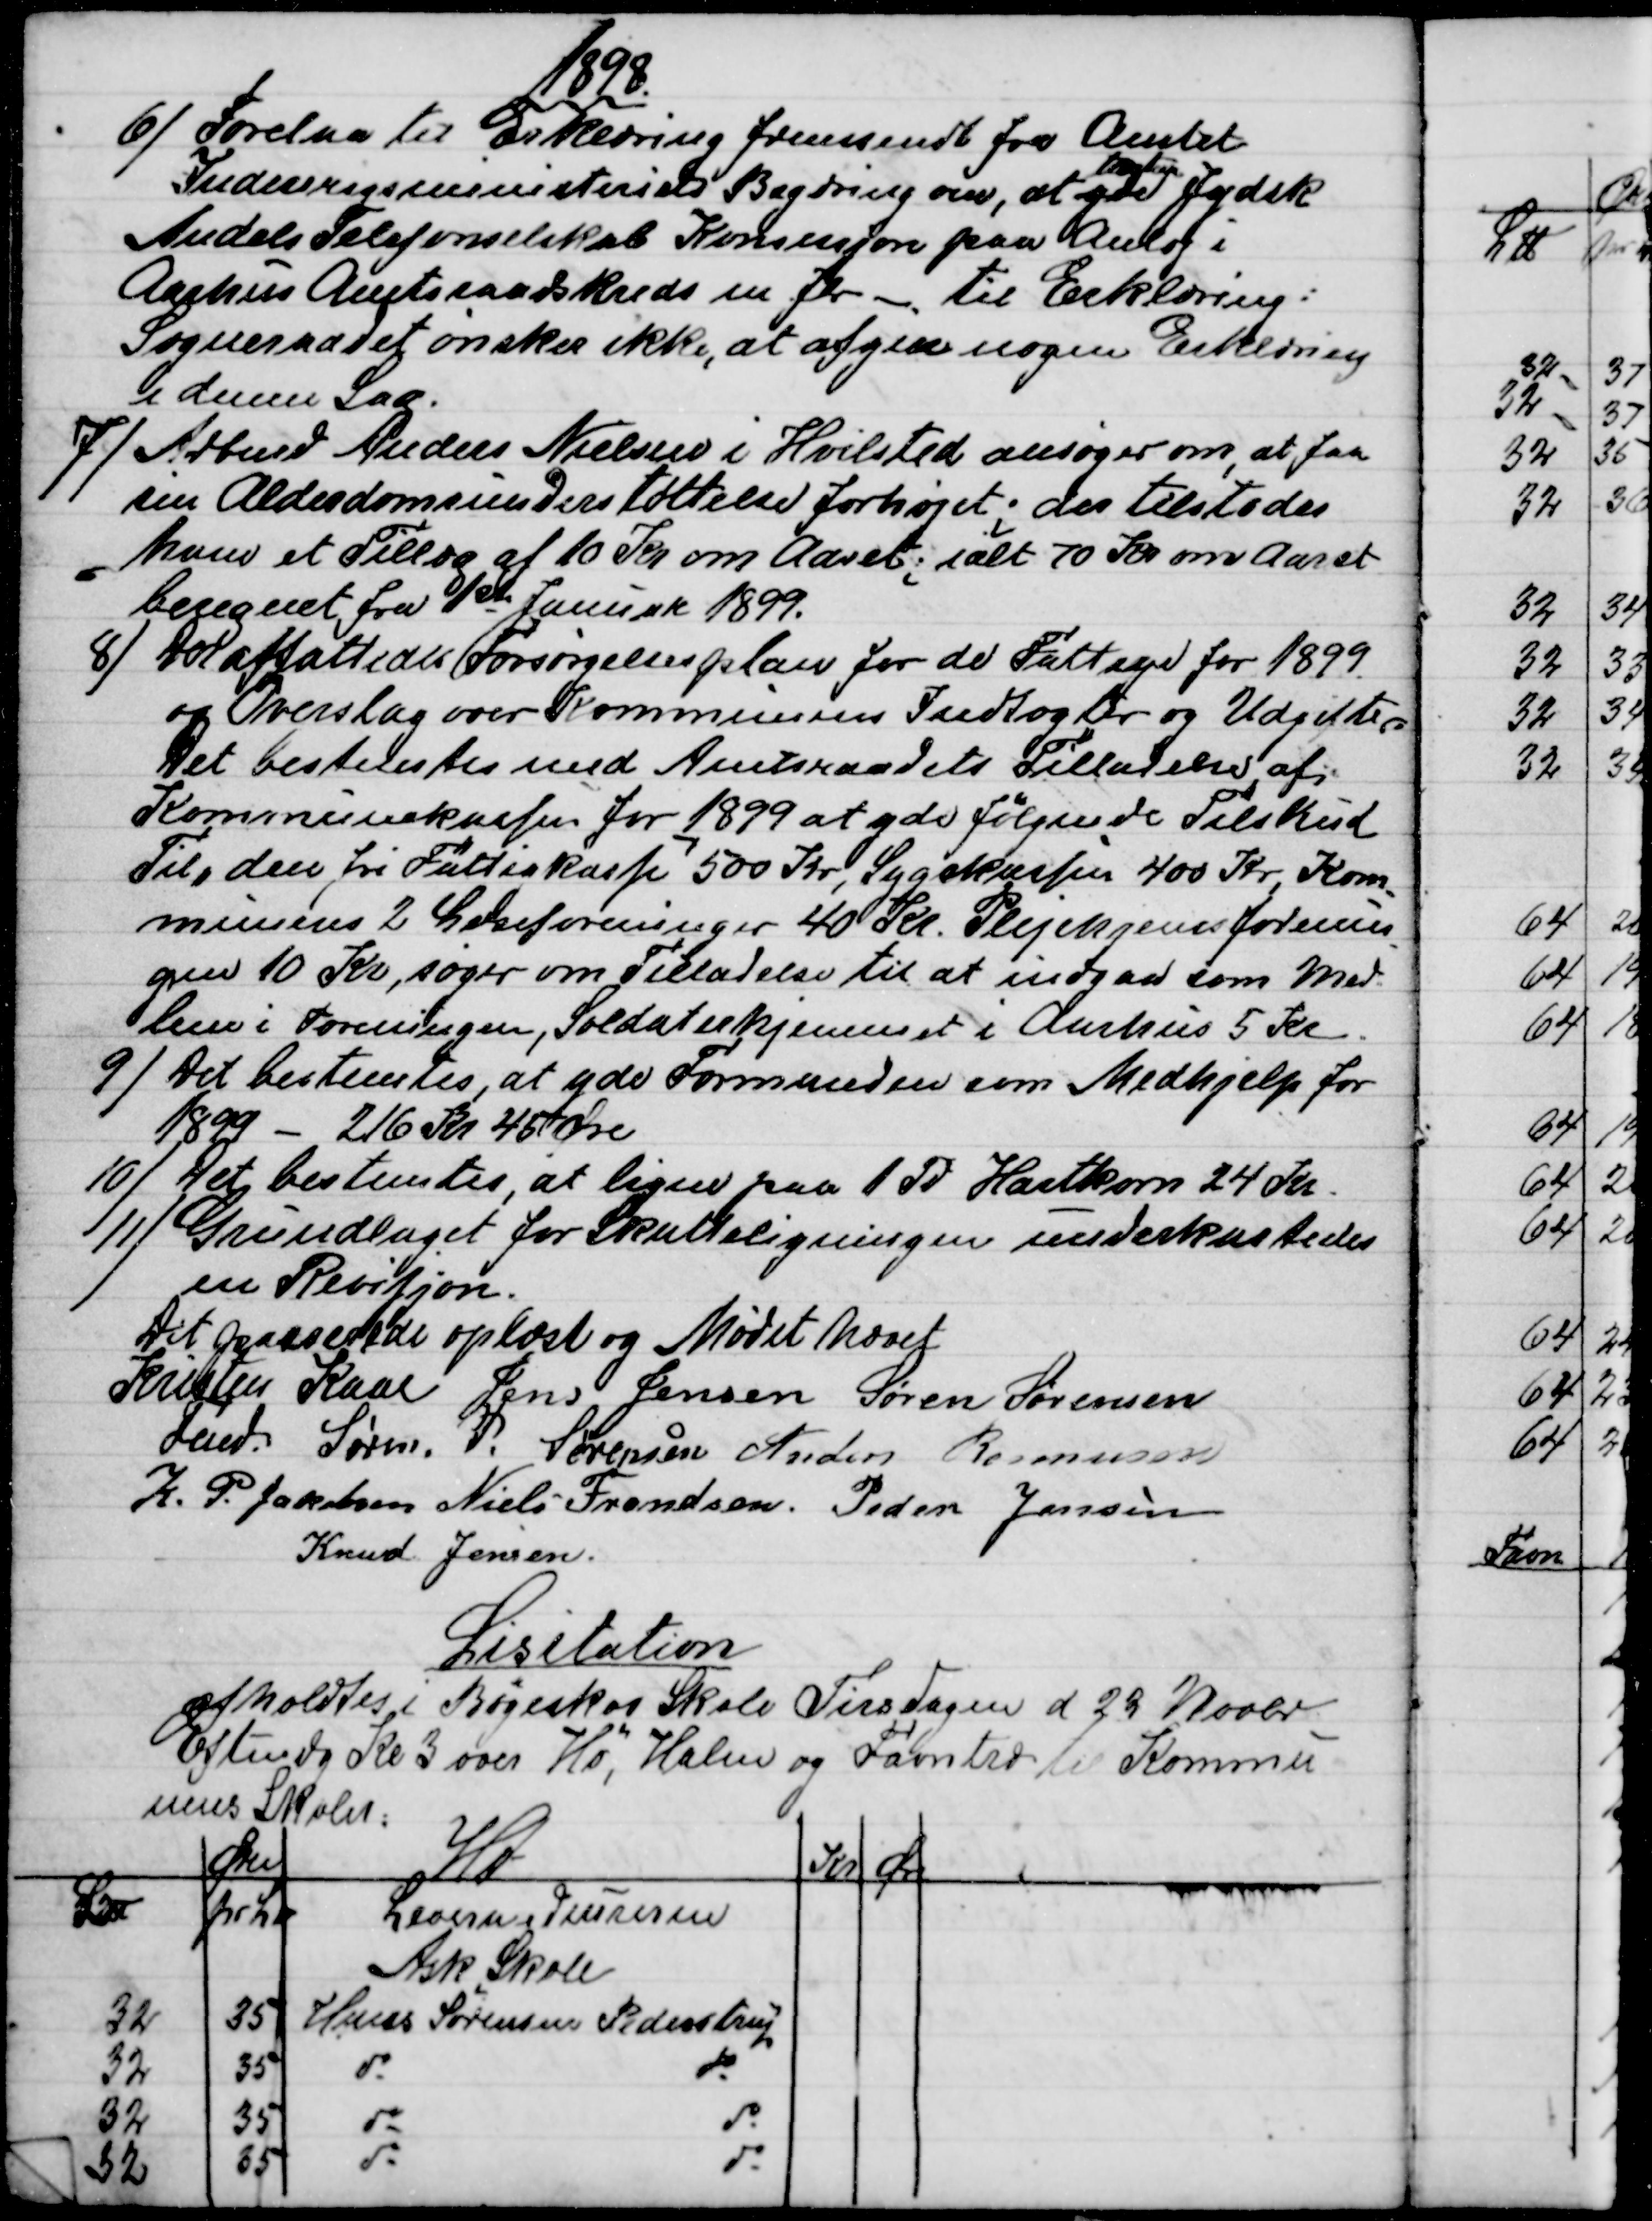
Transskription:
1898.
6)
Forelaa til Erklæring fremsendt fra Amtet
Indenrigsministeriets Begæring om, at yde 

Jydsk
Andels Telefonselskab Koncessjon paa Anlæg i
Aarhus Amtsraadskreds m. fl. til Erklæring:
Sogneraadet ønsker ikke, at afgive nogen Erklæring
i denne sag.
7) 
Arbmd Anders Nielsen i Hvilsted ansøger om at faa
sin Alderdomsunderstøttelse forhøjet; der tilstodes
ham et Tillæg af 10 Kr om Aaret; ialt 70 Kr om Aaret
beregnet fra 1st Januar 1899.
8) 
Der affattedes Forsørgelsesplan for de Fattige for 1899
og Overslag over Kommunens Indtægter og Udgifter
Det bestemtes med Amtsraadets Tilladelse af
Kommunekassen for 1899 at yde følgende Tilskud
Til, den fri Fattigkasse 500 Kr, Sygekassen 400 Kr, Kom
-
munens 2 Læseforeninger 40 Kr. Plejehjemsforenin
-
gen 10 Kr, søger om Tilladelse til at indgaa som Med-
lem i Foreningen, Soldaterhjemmet i Aarhus 5 Kr.
9) Det bestemtes, at yde Formanden som Medhjelp for
1899 - 216 Kr 45 Øre
10)
Det bestemtes, at ligne paa 1 Td Hartkorn 24 Kr.
11)
Grundlaget for Skatteligningen underkastedes
en Revisjon.
Det passende oplæst og Mødet hævet
Kristen Kaae 
Fmd. 
Jens Jensen  Søren Sørensen
Søren. P. Sørensen  Anders Rasmussen
K. P. Jakobsen  Niels Frandsen  Peder Jensen 
Knud Jensen.
Lisitation
afholdtes i Bøgeskov Skole Tirsdagen d 29 Novbr
Eftmdg Kl 3 over Hø, Halm og Favntræ til Kommu
nens Skoler:
Øre
Hø
Kr
Øre
L℔
pr L℔
Leverandeurerne
Ask Skole
32
35
Hans Sørensen Pederstrup
32
35
do
do
32
35
do
do
32
35
do
do